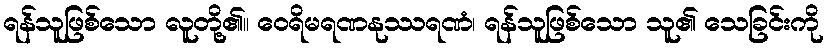
ရန်သူဖြစ်သော လူတို့၏။ ဝေရိမရဏနုဿရဏံ၊ ရန်သူဖြစ်သော သူ၏ သေခြင်းကို